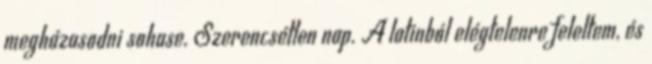
megházasodni sohase. Szerencsétlen nap. A latinból elégtelenre feleltem, és